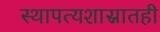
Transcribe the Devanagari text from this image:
स्थापत्यशास्रातही